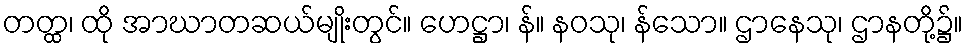
တတ္ထ၊ ထို အာဃာတဆယ်မျိုးတွင်။ ဟေဋ္ဌာ၊ န်။ နဝသု၊ န်သော။ ဌာနေသု၊ ဌာနတို့၌။